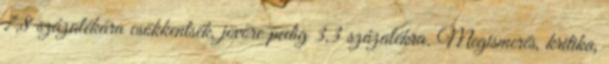
7,8 százalékára csökkentsék, jövőre pedig 3,3 százalékra. Megismerés, kritika,